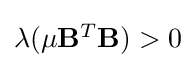
{\textstyle \lambda (\mu \mathbf {B} ^{T}\mathbf {B} )>0}